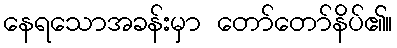
နေရသောအခန်းမှာ တော်တော်နိပ်၏။